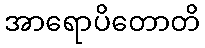
အာရောပိတောတိ